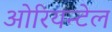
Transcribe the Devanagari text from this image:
ओरियन्टेल